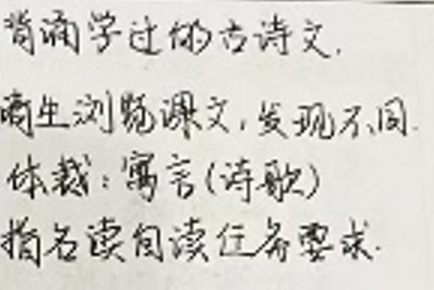
背涌学过的古诗文。\\
商生浏览课文，发现不同\\
体裁：寓言(诗歌)\\
指名读/自读任务要求。